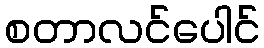
စတာလင်ပေါင်